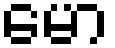
မော